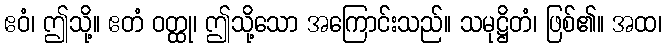
ဧဝံ၊ ဤသို့။ ဧတံ ဝတ္ထု၊ ဤသို့သော အကြောင်းသည်။ သမုဋ္ဌိတံ၊ ဖြစ်၏။ အထ၊